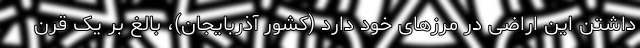
داشتن این اراضی در مرز‌های خود دارد (کشور آذربایجان)، بالغ بر یک قرن